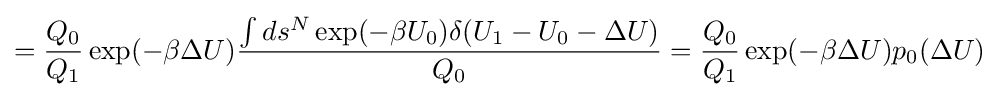
={\frac {Q_{0}}{Q_{1}}}\exp(-\beta \Delta U){\frac {\int ds^{N}\exp(-\beta U_{0})\delta (U_{1}-U_{0}-\Delta U)}{Q_{0}}}={\frac {Q_{0}}{Q_{1}}}\exp(-\beta \Delta U)p_{0}(\Delta U)